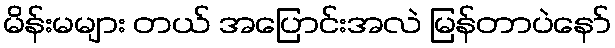
မိန်းမများ တယ် အပြောင်းအလဲ မြန်တာပဲနော်